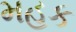
મહક